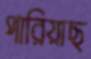
পারিয়াছ